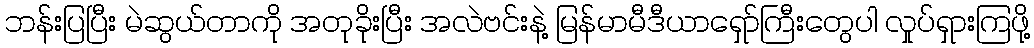
ဘန်းပြပြီး မဲဆွယ်တာကို အတုခိုးပြီး အလဲဗင်းနဲ့ မြန်မာမီဒီယာရှော်ကြီးတွေပါ လှုပ်ရှားကြဖို့